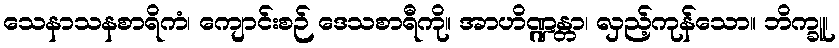
သေနာသနစာရိကံ၊ ကျောင်းစဉ် ဒေသစာရီကို။ အာဟိဏ္ဍန္တာ၊ လှည့်ကုန်သော။ ဘိက္ခူ၊